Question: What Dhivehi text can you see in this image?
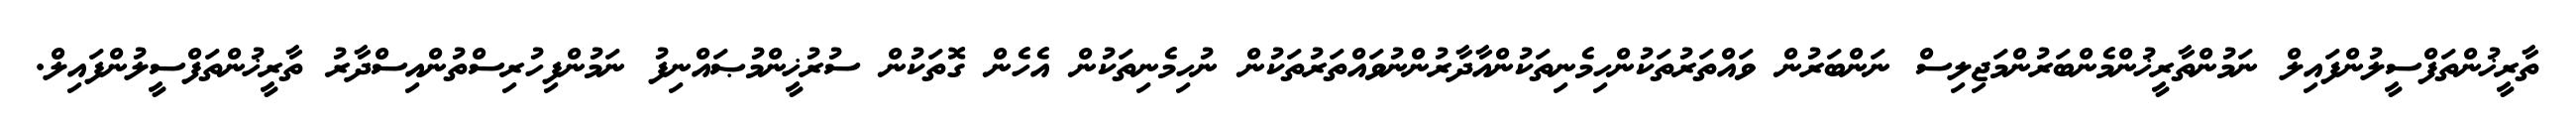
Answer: ތާރީޚުންތަފްސީލުންފައިލް ނަމުންތާރީޚުންމެންބަރުންމަޖިލިސް ނަންބަރުން ވައްތަރުތަކުންހިމެނިތަކުންއާދާރުންނުވައްތަރުތަކުން ނުހިމެނިތަކުން އެހެން ގޮތަކުން ސުރުޚީންމުޞައްނިފު ނަމުންފިހުރިސްތުންއިސްދާރު ތާރީޚުންތަފްސީލުންފައިލް.